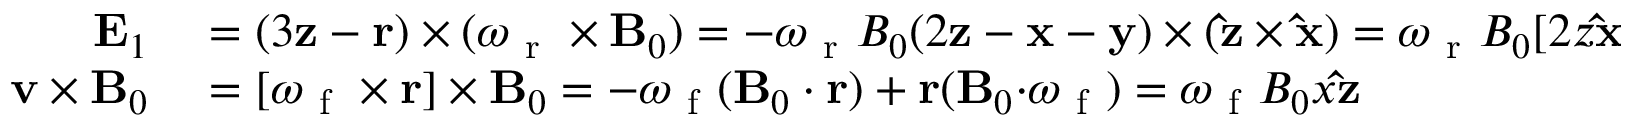
\begin{array} { r l } { \mathbf { E } _ { 1 } } & { { } = ( 3 \mathbf { z } - \mathbf { r } ) \times ( \boldsymbol { \omega } _ { \mathrm { ~ r ~ } } \times \mathbf { B } _ { 0 } ) = - \omega _ { \mathrm { ~ r ~ } } B _ { 0 } ( 2 \mathbf { z } - \mathbf { x } - \mathbf { y } ) \times ( \mathbf { \hat { z } } \times \mathbf { \hat { x } } ) = \omega _ { \mathrm { ~ r ~ } } B _ { 0 } [ 2 z \mathbf { \hat { x } } + x \mathbf { \hat { z } } ] } \\ { \mathbf { v } \times \mathbf { B } _ { 0 } } & { { } = [ \boldsymbol { \omega } _ { \mathrm { ~ f ~ } } \times \mathbf { r } ] \times \mathbf { B } _ { 0 } = - \boldsymbol { \omega } _ { \mathrm { ~ f ~ } } ( \mathbf { B } _ { 0 } \cdot \mathbf { r } ) + \mathbf { r } ( \mathbf { B } _ { 0 } \mathbf { \cdot } \boldsymbol { \omega } _ { \mathrm { ~ f ~ } } ) = \omega _ { \mathrm { ~ f ~ } } B _ { 0 } x \mathbf { \hat { z } } } \end{array}